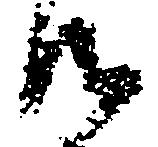
御